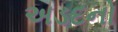
અડદનો